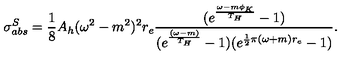
\sigma _ { a b s } ^ { S } = \frac { 1 } { 8 } A _ { h } ( \omega ^ { 2 } - m ^ { 2 } ) ^ { 2 } r _ { e } \frac { ( e ^ { \frac { \omega - m \phi _ { K } } { T _ { H } } } - 1 ) } { ( e ^ { \frac { ( \omega - m ) } { T _ { H } } } - 1 ) ( e ^ { \frac { 1 } { 2 } \pi ( \omega + m ) r _ { e } } - 1 ) } .